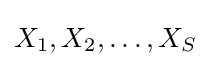
X_{1},X_{2},\ldots ,X_{S}